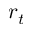
r _ { t }